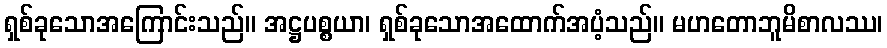
ရှစ်ခုသောအကြောင်းသည်။ အဋ္ဌပစ္စယာ၊ ရှစ်ခုသောအထောက်အပံ့သည်။ မဟတောဘူမိစာလဿ၊